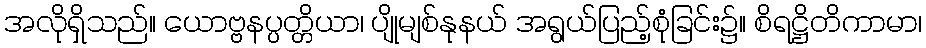
အလိုရှိသည်။ ယောဗ္ဗနပ္ပတ္တိယာ၊ ပျိုမျစ်နုနယ် အရွယ်ပြည့်စုံခြင်း၌။ စိရဋ္ဌိတိကာမာ၊